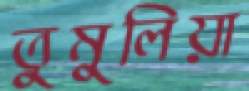
তুমুলিয়া